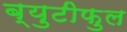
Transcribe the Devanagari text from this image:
ब्युटीफुल